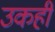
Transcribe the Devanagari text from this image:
उकहीं